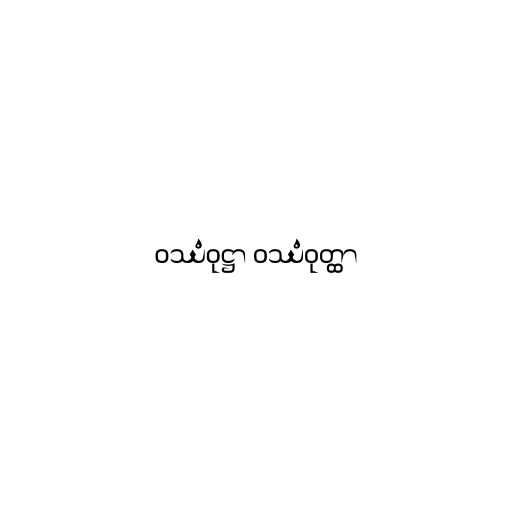
ဝဿံဝုဋ္ဌာ ဝဿံဝုတ္ထာ